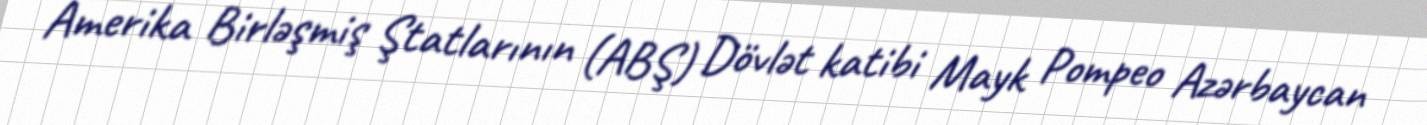
Amerika Birləşmiş Ştatlarının (ABŞ) Dövlət katibi Mayk Pompeo Azərbaycan